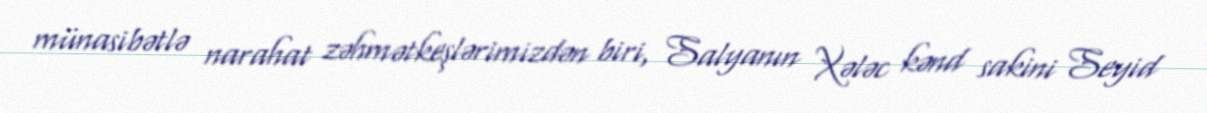
münasibətlə narahat zəhmətkeşlərimizdən biri, Salyanın Xələc kənd sakini Seyid